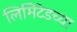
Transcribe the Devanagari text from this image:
लिमिेटेडच्या